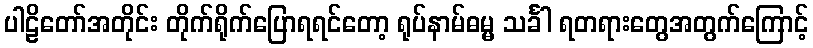
ပါဠိတော်အတိုင်း တိုက်ရိုက်ပြောရရင်တော့ ရုပ်နာမ်ဓမ္မ သင်္ခါ ရတရားတွေအတွက်ကြောင့်